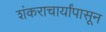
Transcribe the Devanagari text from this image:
शंकराचार्यांपासून